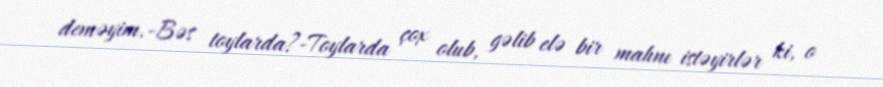
deməyim.-Bəs toylarda?-Toylarda çox olub, gəlib elə bir mahnı istəyirlər ki, o